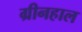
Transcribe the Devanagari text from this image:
ग्रीनहाल